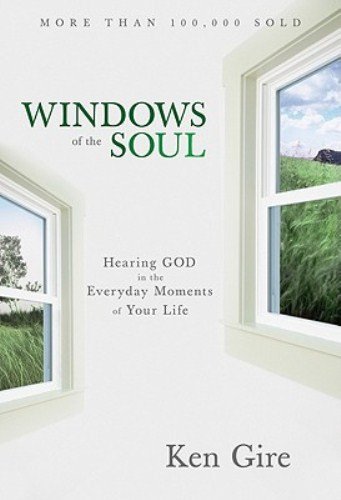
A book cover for Windows of the Soul: Experiencing God in New Ways; Ken Gire; Christian Books & Bibles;